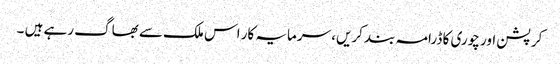
کرپشن اور چوری کا ڈرامہ بند کریں، سرمایہ کار اس ملک سے بھاگ رہے ہیں ۔